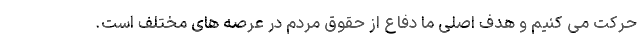
حرکت می کنیم و هدف اصلی ما دفاع از حقوق مردم در عرصه های مختلف است.